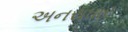
અનરાધાર